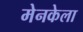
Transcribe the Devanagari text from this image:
मेनकेला